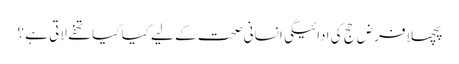
پچھلا فرض حج کی ادائیگی انسانی صحت کے لیے کیا کیا تحفے لاتی ہے ؟